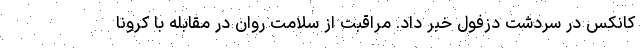
کانکس در سردشت دزفول خبر داد. مراقبت از سلامت روان در مقابله با کرونا